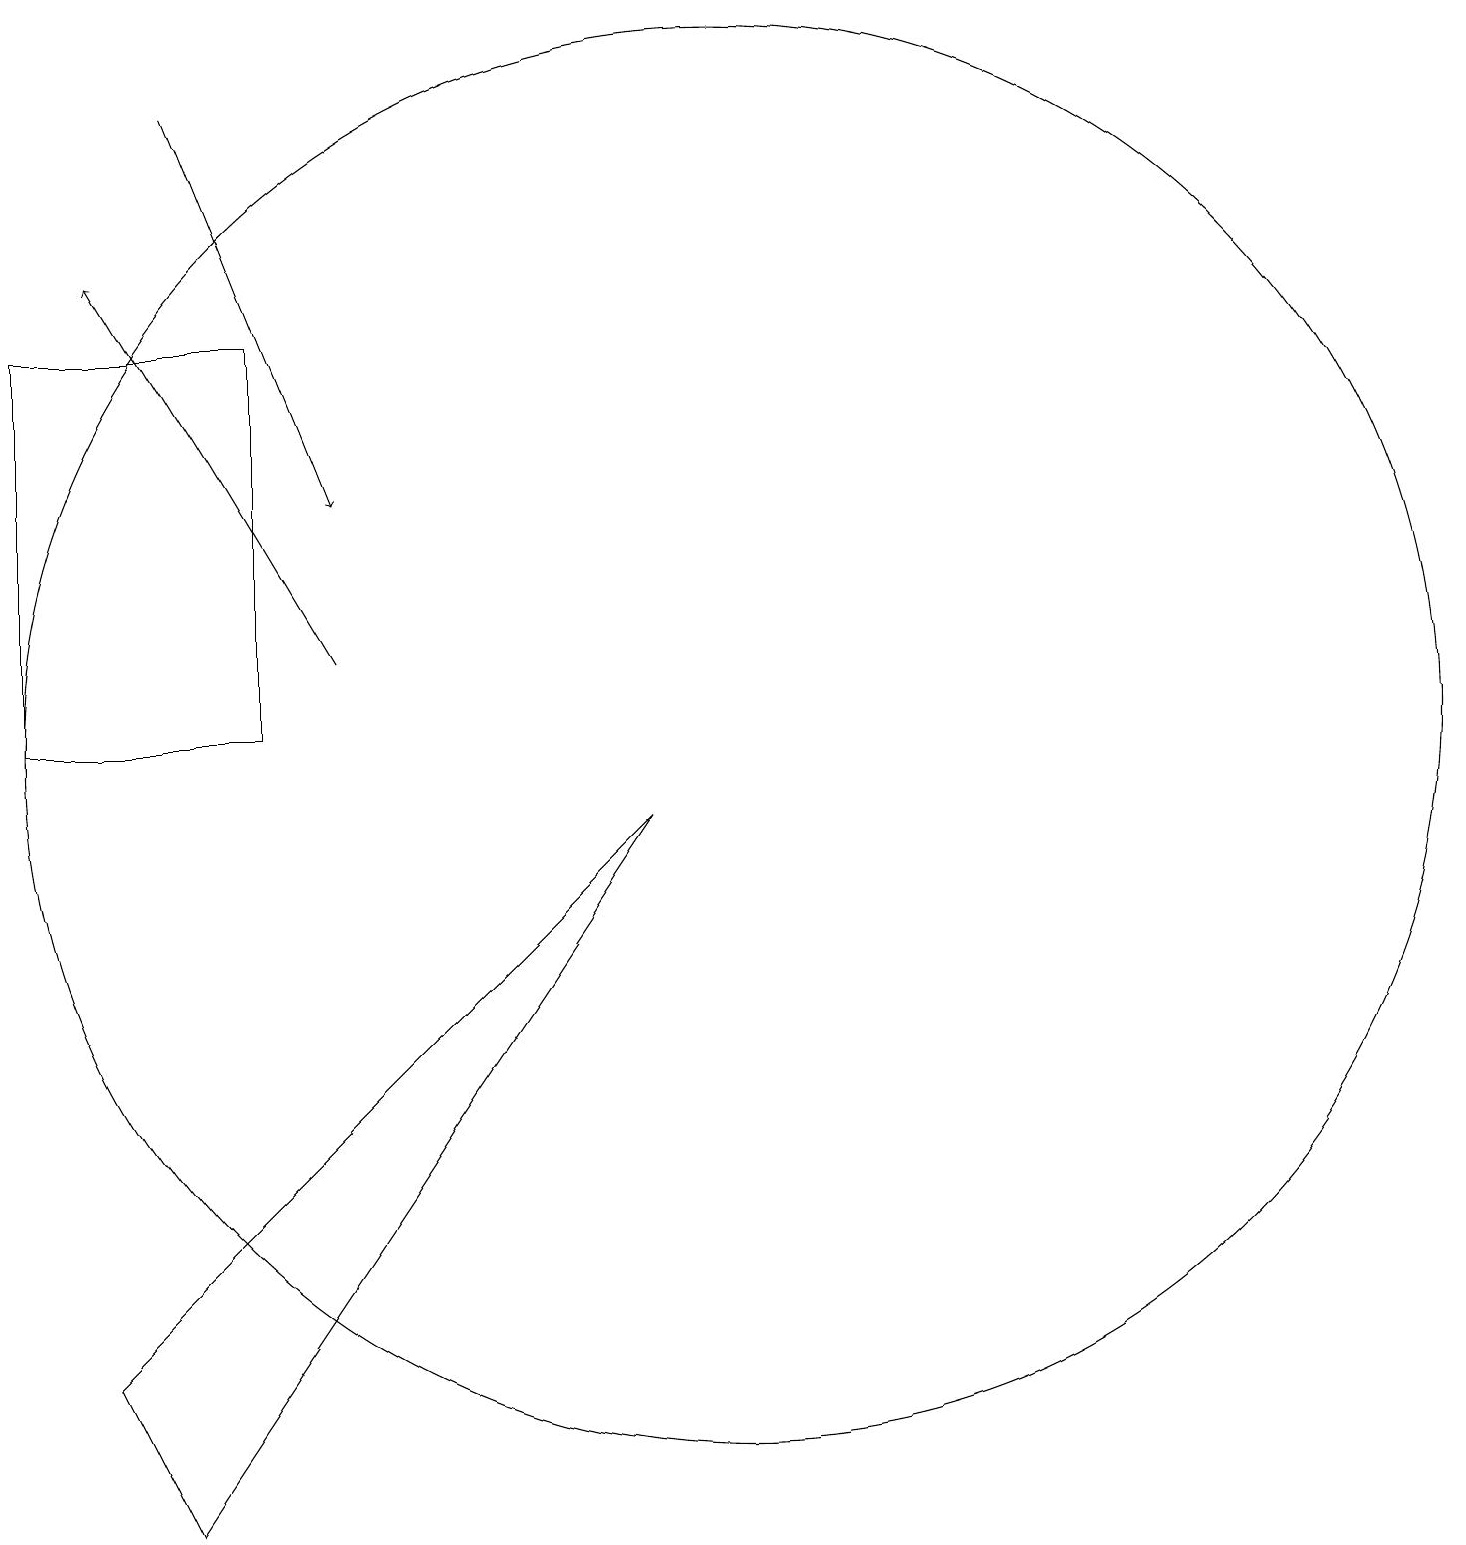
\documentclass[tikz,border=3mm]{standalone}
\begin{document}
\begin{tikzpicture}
\draw[->] (5,11) -- (2,16);
\draw (10,10) circle (9);
\draw (1,10) rectangle (4,15);
\draw[->] (3,18) -- (5,13);
\draw (3,0) -- (9,9) -- (2,2) -- cycle;
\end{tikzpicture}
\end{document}